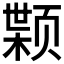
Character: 𫖷